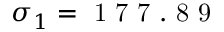
\sigma _ { 1 } = \mathrm { ~ 1 ~ 7 ~ 7 ~ . ~ 8 ~ 9 ~ }